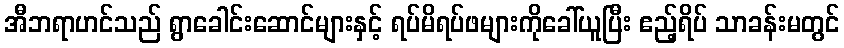
အီဘရာဟင်သည် ရွာခေါင်းဆောင်များနှင့် ရပ်မိရပ်ဖများကိုခေါ်ယူပြီး ဧည့်ရိပ် သာခန်းမတွင်